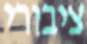
ציבורי